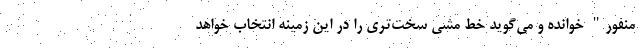
منفور" خوانده و می‌گوید خط مشی سخت‌تری را در این زمینه انتخاب خواهد